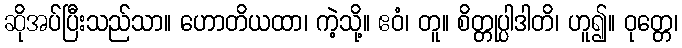
ဆိုအပ်ပြီးသည်သာ။ ဟောတိယထာ၊ ကဲ့သို့။ ဧဝံ၊ တူ။ စိတ္တုပ္ပါဒါတိ၊ ဟူ၍။ ဝုတ္တေ၊